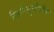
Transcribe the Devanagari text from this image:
सिनेसॄष्टीतील